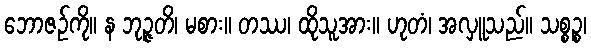
ဘောဇဉ်ကို။ န ဘုဉ္ဇတိ၊ မစား။ တဿ၊ ထိုသူအား။ ဟုတံ၊ အလှူသည်။ သစ္စဉ္စ၊